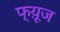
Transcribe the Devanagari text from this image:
फ्य़ूज